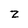
Character: z